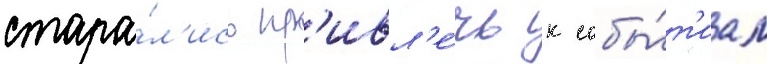
стара́л'ись пр'ивл'е́чь к собы́т'иам